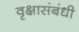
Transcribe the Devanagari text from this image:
वृक्षासंबंधी